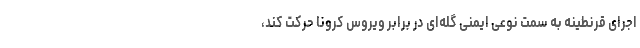
اجرای قرنطینه به سمت نوعی ایمنی گله‌ای در برابر ویروس کرونا حرکت کند،